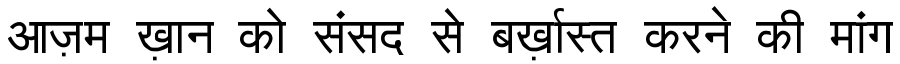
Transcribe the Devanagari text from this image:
आज़म ख़ान को संसद से बर्ख़ास्त करने की मांग